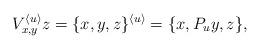
LaTeX: \begin{align*}V^{\langle u\rangle}_{x,y}z=\{x,y,z\}^{\langle u\rangle}=\{x,P_u y,z\}, \end{align*}